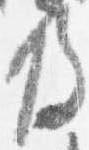
及